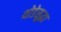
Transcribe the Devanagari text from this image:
थोडेसुद्धा